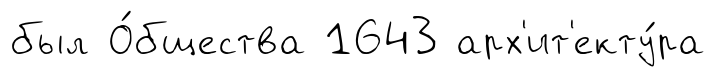
был О́бщества 1643 арх'ит'екту́ра